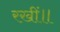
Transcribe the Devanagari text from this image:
रखीं॥